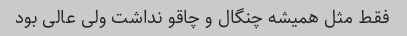
فقط مثل همیشه چنگال و چاقو نداشت ولی عالی بود